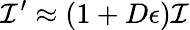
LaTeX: \mathcal{I}^{\prime}\approx(1+D\epsilon)\mathcal{I}